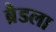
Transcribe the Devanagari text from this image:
ब्रैडला